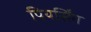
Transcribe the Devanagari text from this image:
पियर्सिंग